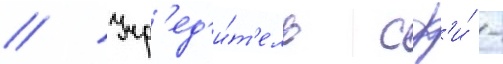
// Учр'ед'и́т'ель сф'и́ -